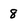
Character: 8